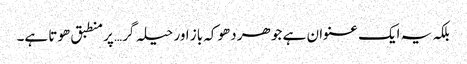
بلکہ یہ ایک عنوان ہے جو ھر دھوکہ باز اور حیلہ گر… پر منطبق ھوتا ہے۔